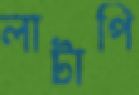
লাটাপি